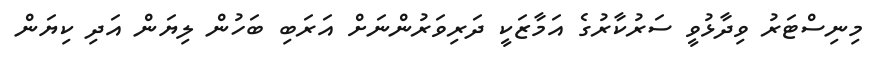
މިނިސްޓަރު ވިދާޅުވީ ސަރުކާރުގެ އަމާޒަކީ ދަރިވަރުންނަށް އަރަބި ބަހުން ލިޔަން އަދި ކިޔަން